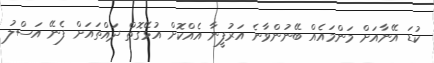
ކުޑަ އޭނާއަށް މަންމައެއް ބޭނުންވާނެ އަރުފީނާ އެއްކޮށް އުޅޭގޮތް ދައްތައަށް ފެނޭ އަސްލު